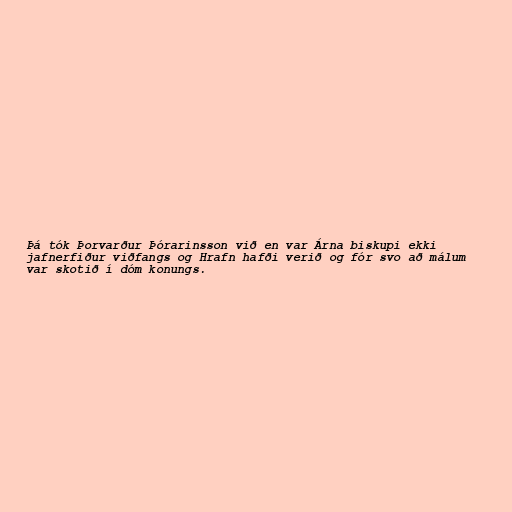
Þá tók Þorvarður Þórarinsson við en var Árna biskupi ekki
jafnerfiður viðfangs og Hrafn hafði verið og fór svo að málum
var skotið í dóm konungs.